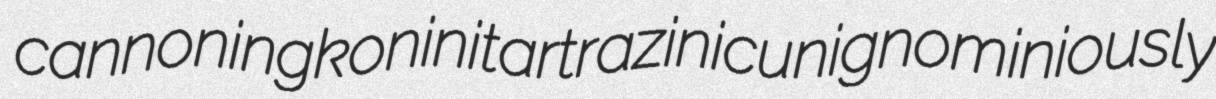
cannoning konini tartrazinic unignominiously